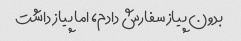
بدون پیاز سفارش دادم، اما پیاز داشت